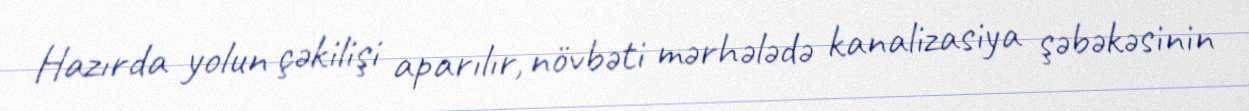
Hazırda yolun çəkilişi aparılır, növbəti mərhələdə kanalizasiya şəbəkəsinin